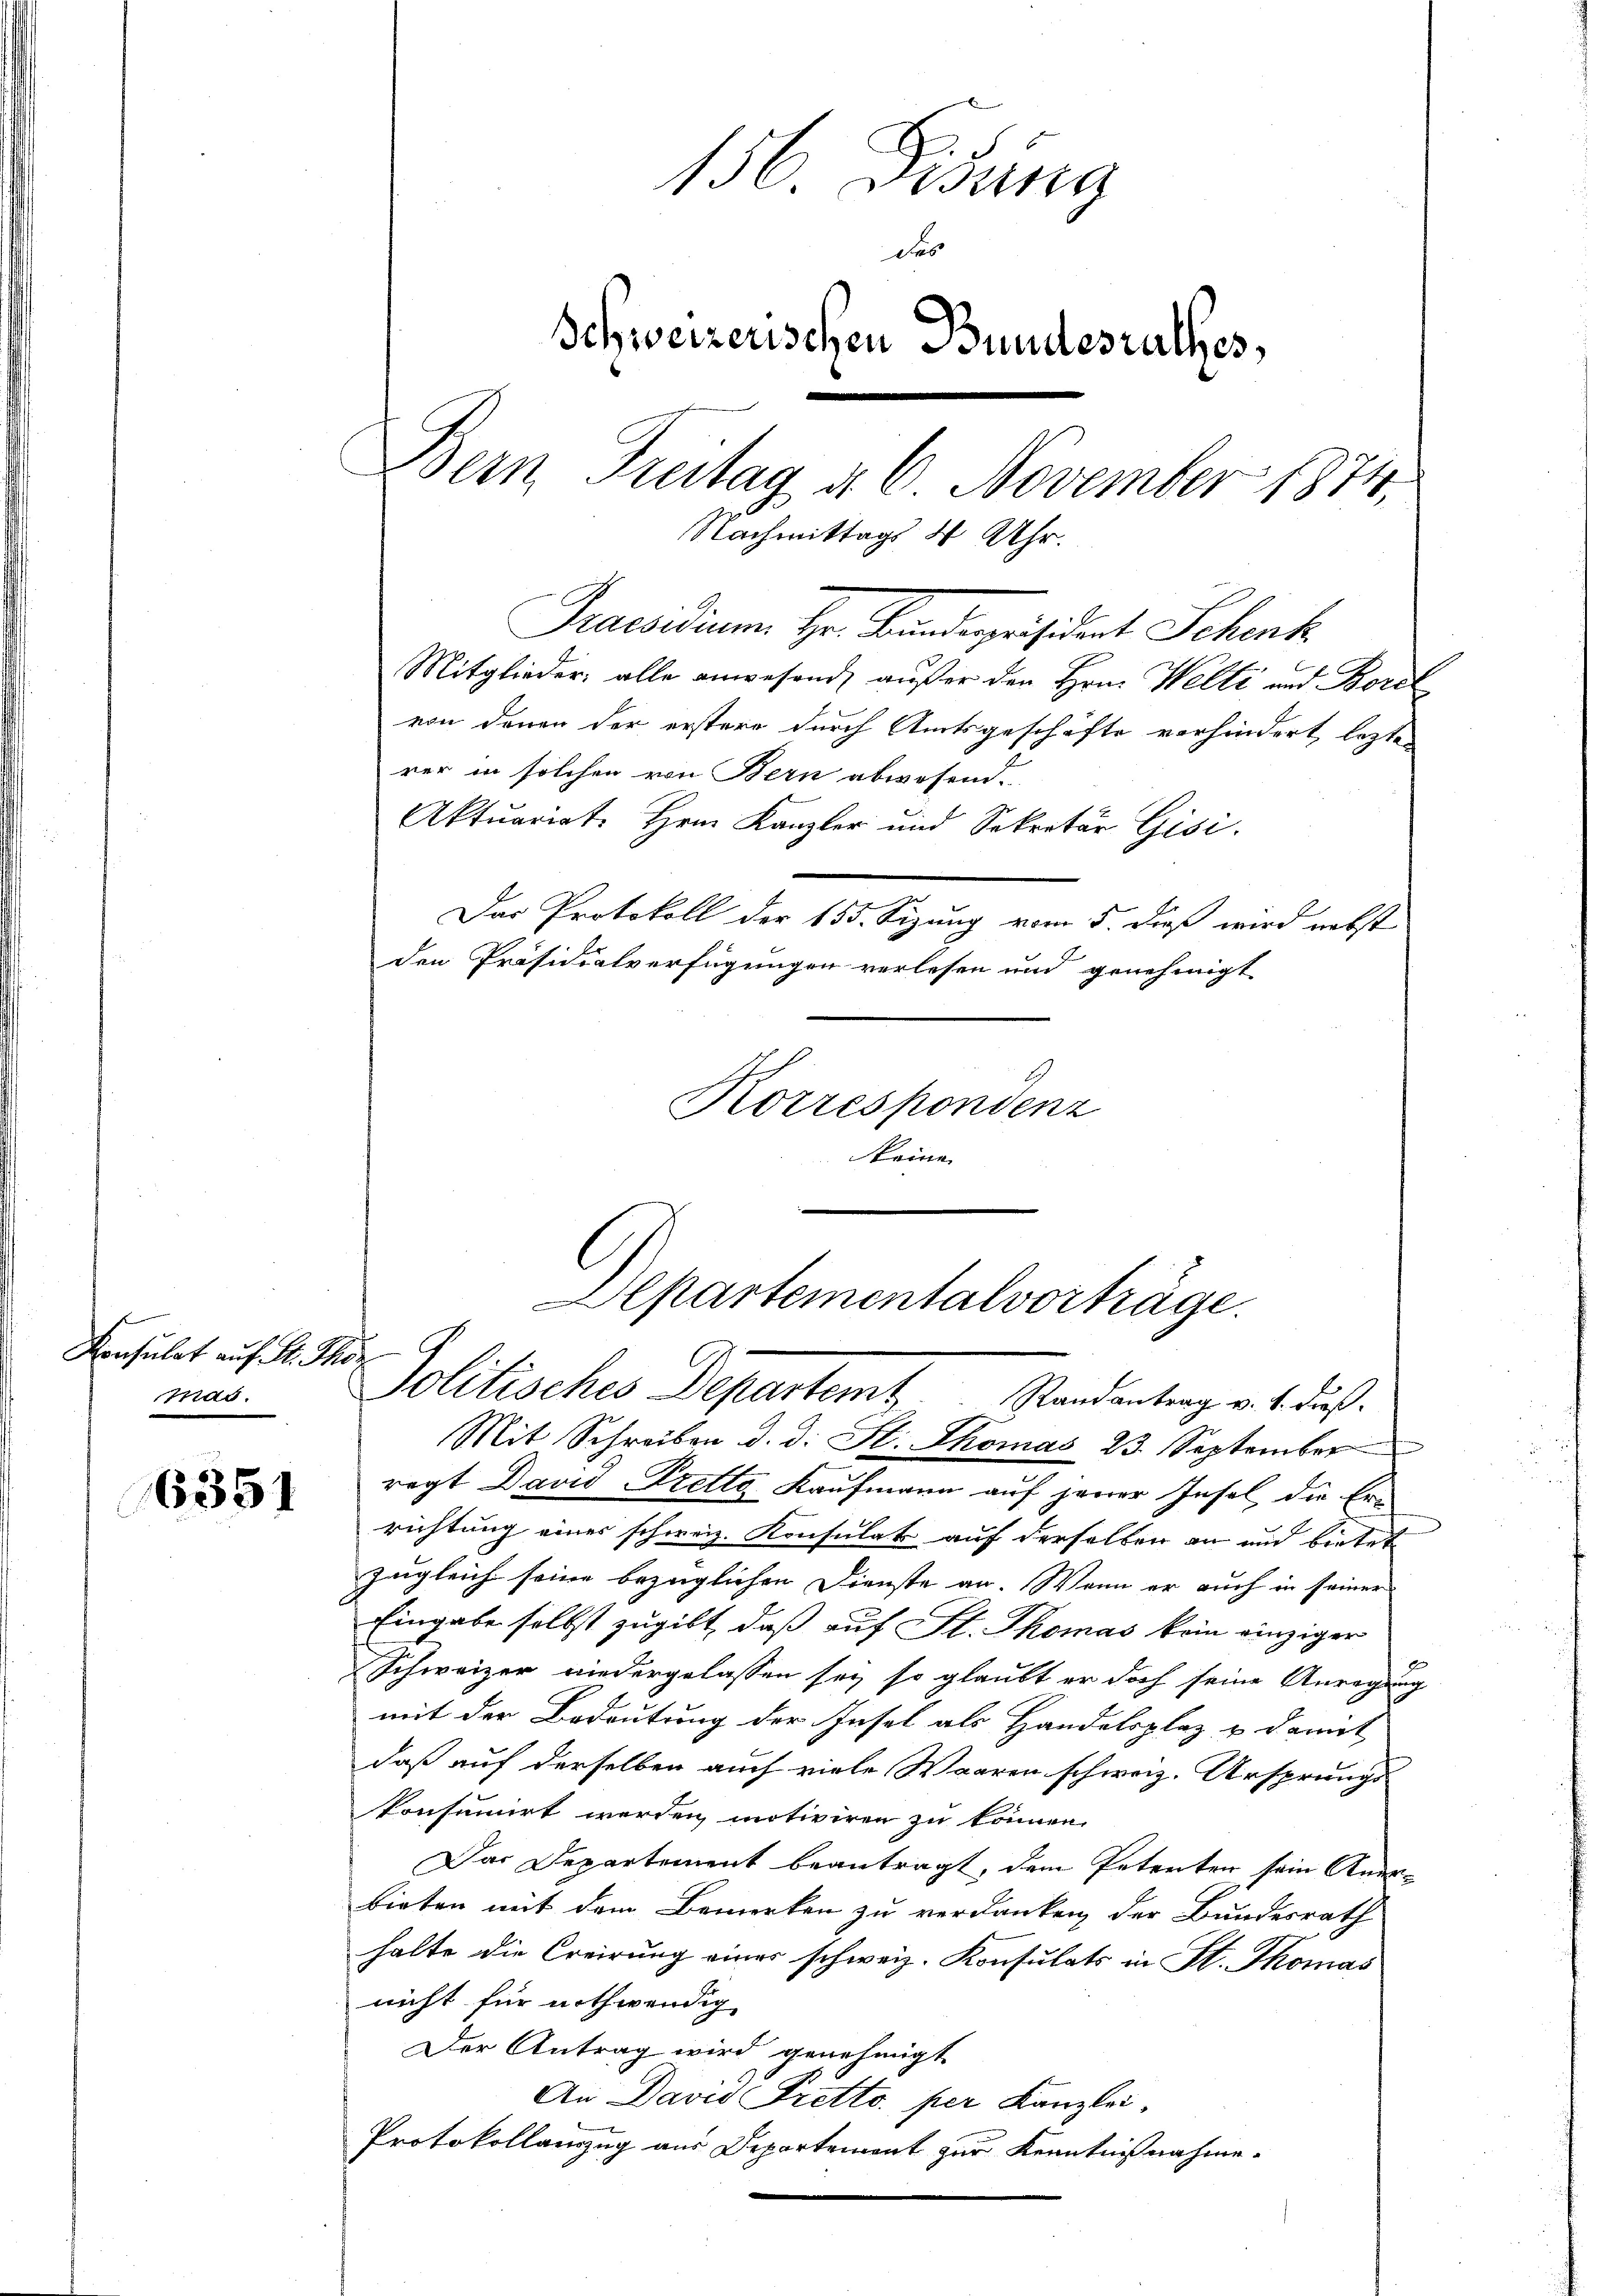
Konsulat auf S. Thör
Mad.

6351

156 Fisung
des
Schweizerischen Bundesrathes,
Bern Freitag d. 6. November 1874.
Nachmittags 4 Uhr.
Praesidium Hr. Bandepräsident Schenk
Mitglieder, alle anwesend, außer den Hrn. Welti und Borel

von denen der erstere durch Amtsgeschäfte verhindert laste
rer in solchen von Bern abwesend.
Aktuariat. Hrn. Kanzler und Sekretär Gisi
Das Protokoll der 155. Sizung vom 5. dieß wird nebst
den Präsidialverfügungen verlesen und genehmigt

Korrespondenz

Aepartementalvorträge.
Politisches Departem Standentrag v. 1. dieß

keine

Mit Schreiben d. d. St. Thomas 23. September
regt David Tretto Kaufmann auf jener Insel die Errichtung eines schweiz. Konsulat auf derselben an und bietet
Imgleich seine bezüglichen Dienste an. Wenn er auch in seiner
Eingabe selbst zugibt, daß auf St. Thomas kein einziger
Schweizer niedergelassen sey, so glaubt er doch seine Anregung
mit der Bedeutung der Insel als Handelsplaz u. damit
daß auf derselben auch viele Waaren schweiz. Ursprungs
konsumirt werden motiviren zu können.
Das Departement beantragt, dem Petenten sein Aner-
bieten mit dem Bemerken zu verdanken, der Bundesrath
halte die Creirung einer schweiz. Konsulats in St. Thomas
nicht für nothwendig
Der Antrag wird genehmigt
An David Tretto per Kanzlei,
Protokollanzug aus Departement zur Kenntnißnahme